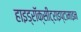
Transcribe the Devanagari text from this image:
हाइड्रॉक्सीट्राइप्टामाइन